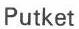
Putket